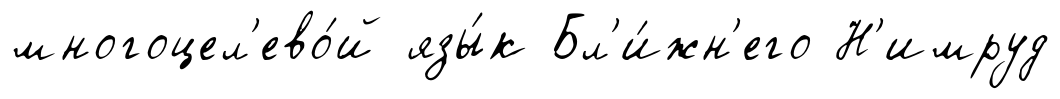
многоцел'ево́й язы́к Бл'и́жн'его Н'имруд